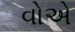
વોએ